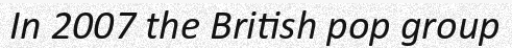
In 2007 the British pop group